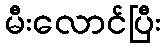
မီးလောင်ပြီး